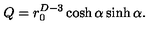
Q = r _ { 0 } ^ { D - 3 } \cosh \alpha \sinh \alpha .